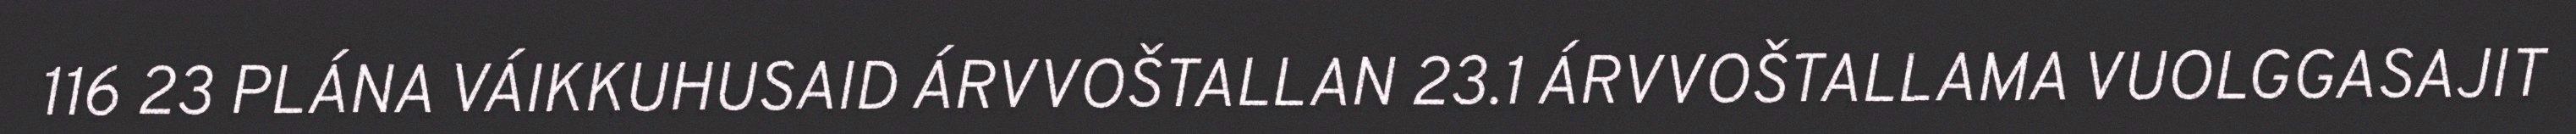
116 23 PLÁNA VÁIKKUHUSAID ÁRVVOŠTALLAN 23.1 ÁRVVOŠTALLAMA VUOLGGASAJIT